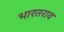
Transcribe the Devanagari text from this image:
भारतराव